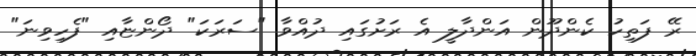
ރޭ ފަތިހު ކެންދޫން އަންދާލީ އެ ރަށުގައި ދުއްވާ "ސަރަކަ" ދޯންޏާއި "ފެހިވިނަ"